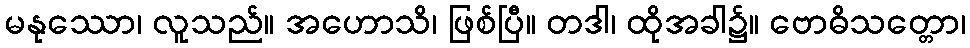
မနုဿော၊ လူသည်။ အဟောသိ၊ ဖြစ်ပြီ။ တဒါ၊ ထိုအခါ၌။ ဗောဓိသတ္တော၊